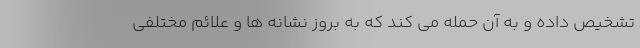
تشخیص داده و به آن حمله می کند که به بروز نشانه ها و علائم مختلفی